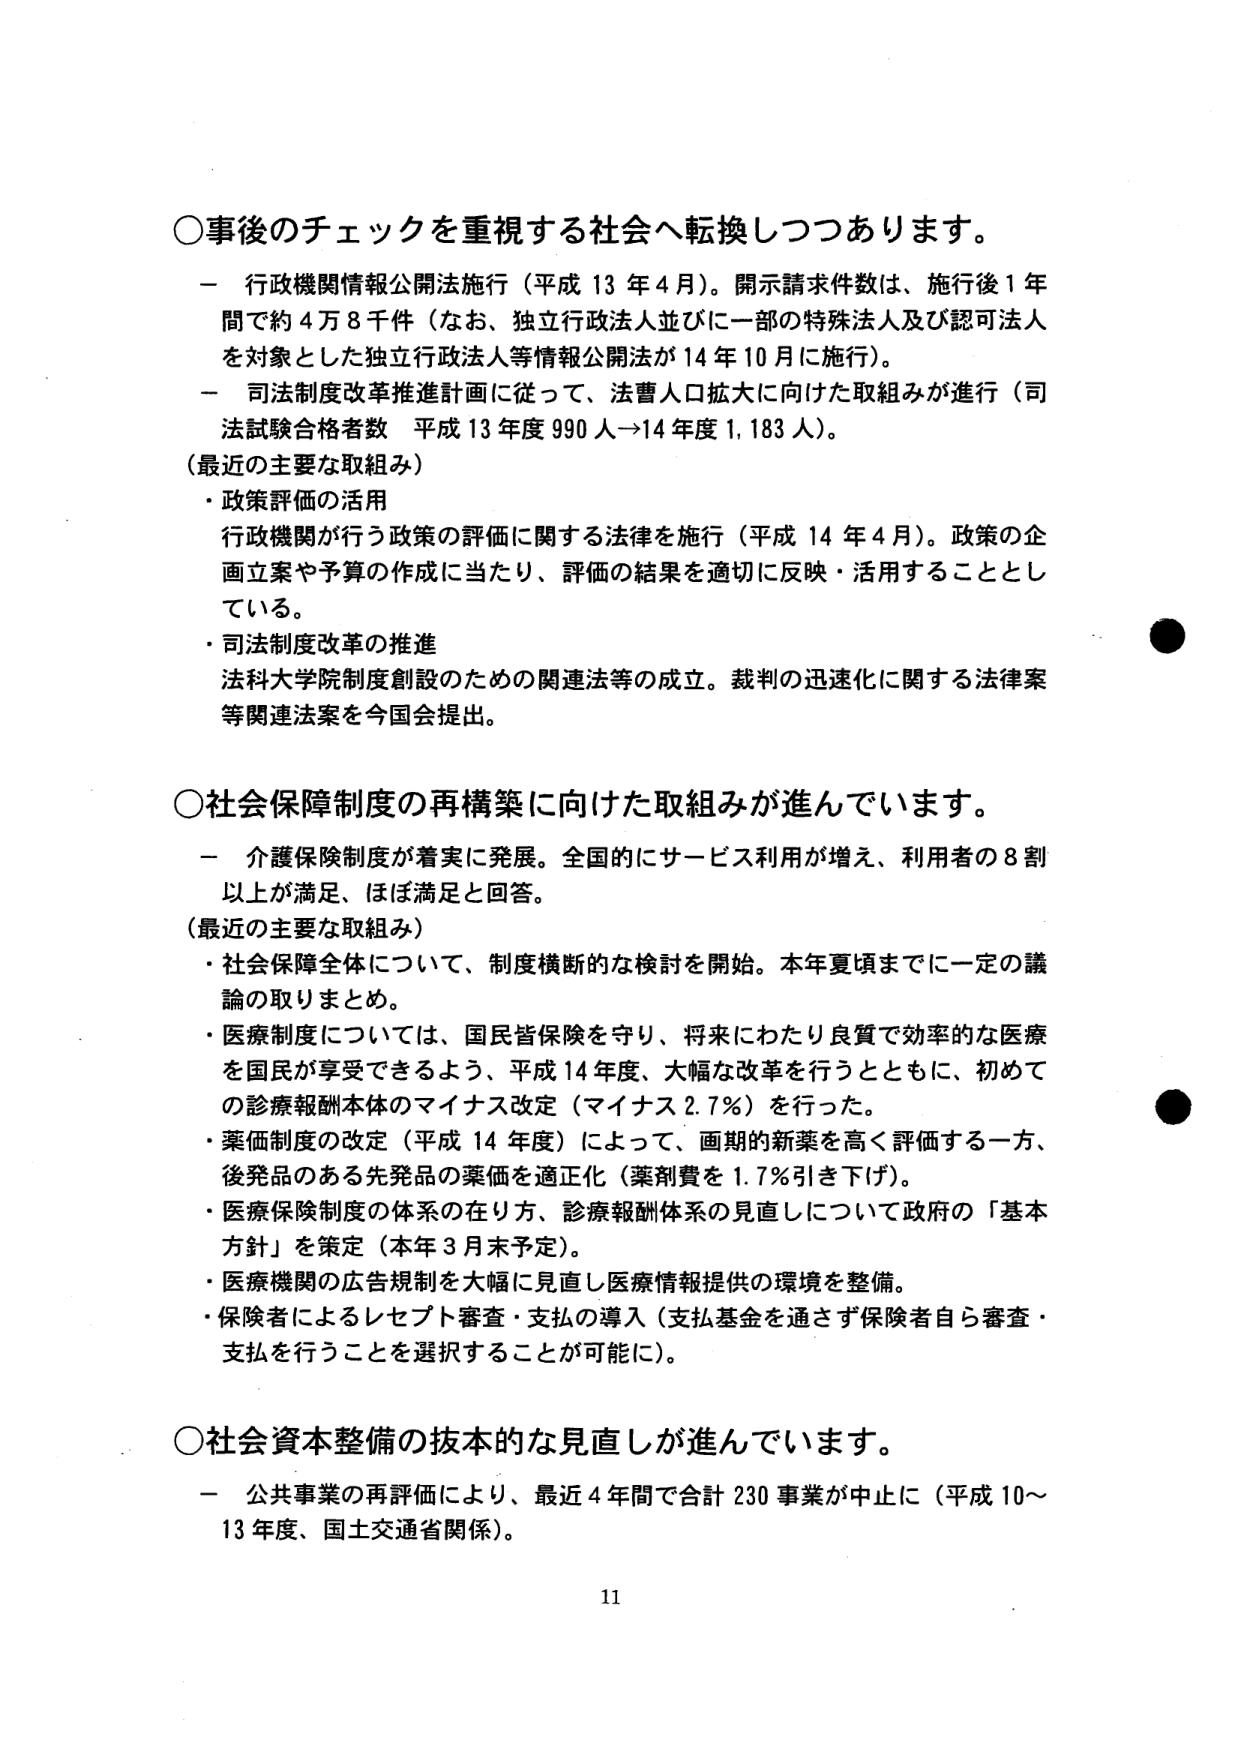
○事後のチェックを重視する社会へ転換しつつあります。

－ 行政機関情報公開法施行（平成13年4月）。開示請求件数は、施行後1年間で約4万8千件（なお、独立行政法人並びに一部の特殊法人及び認可法人を対象とした独立行政法人等情報公開法が14年10月に施行）。

－ 司法制度改革推進計画に従って、法曹人口拡大に向けた取組みが進行（司法試験合格者数 平成13年度990人→14年度1,183人）。

（最近の主要な取組み）
・政策評価の活用
行政機関が行う政策の評価に関する法律を施行（平成14年4月）。政策の企画立案や予算の作成に当たり、評価の結果を適切に反映・活用することとしている。

・司法制度改革の推進
法科大学院制度創設のための関連法等の成立。裁判の迅速化に関する法律案等関連法案を今国会提出。

○社会保障制度の再構築に向けた取組みが進んでいます。

－ 介護保険制度が着実に発展。全国的にサービス利用が増え、利用者の8割以上が満足、ほぼ満足と回答。

（最近の主要な取組み）
・社会保障全体について、制度横断的な検討を開始。本年夏頃までに一定の議論の取りまとめ。

・医療制度については、国民皆保険を守り、将来にわたり良質で効率的な医療を国民が享受できるよう、平成14年度、大幅な改革を行うとともに、初めての診療報酬本体のマイナス改定（マイナス2.7％）を行った。

・薬価制度の改定（平成14年度）によって、画期的新薬を高く評価する一方、後発品のある先発品の薬価を適正化（薬剤費を1.7％引き下げ）。

・医療保険制度の体系の在り方、診療報酬体系の見直しについて政府の「基本方針」を策定（本年3月末予定）。

・医療機関の広告規制を大幅に見直し医療情報提供の環境を整備。

・保険者によるレセプト審査・支払の導入（支払基金を通さず保険者自ら審査・支払を行うことを選択することが可能に）。

○社会資本整備の抜本的な見直しが進んでいます。

－ 公共事業の再評価により、最近4年間で合計230事業が中止に（平成10～13年度、国土交通省関係）。

11